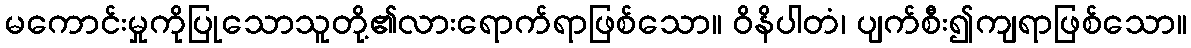
မကောင်းမှုကိုပြုသောသူတို့၏လားရောက်ရာဖြစ်သော။ ဝိနိပါတံ၊ ပျက်စီး၍ကျရာဖြစ်သော။